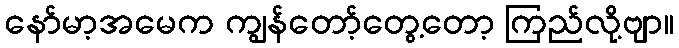
နော်မာ့အမေက ကျွန်တော့်တွေ့တော့ ကြည်လို့ဗျာ။